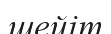
шейіт